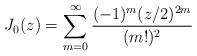
LaTeX: \begin{align*}J_0(z) = \sum_{m=0}^\infty \frac{(-1)^m(z/2)^{2m}}{(m!)^2}\end{align*}